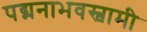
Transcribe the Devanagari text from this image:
पद्मनाभवस्वामी